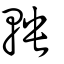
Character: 軮